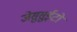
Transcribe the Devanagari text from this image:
जेसुसुईटों